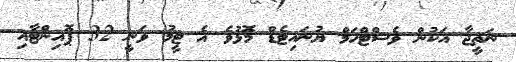
ނަތީޖާ އަކުން ވެސްޓްހަމް ޔުނައިޓެޑް މޮޅުވެ އެ ޓީމު ވަނީ 32 ޕޮއިންޓާއި